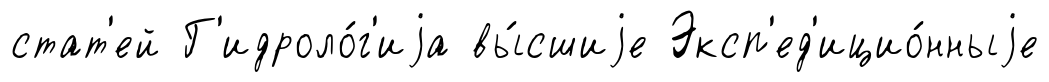
стат'ей Г'идроло́г'иjа вы́сшиjе Эксп'ед'ицио́нныjе